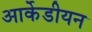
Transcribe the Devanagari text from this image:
आर्केडीयन